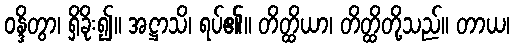
ဝန္ဒိတွာ၊ ရှိခိုး၍။ အဋ္ဌာသိ၊ ရပ်၏။ တိတ္ထိယာ၊ တိတ္ထိတို့သည်။ တာယ၊